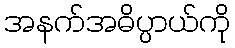
အနက်အဓိပ္ပာယ်ကို